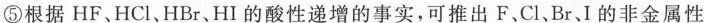
⑤根据HF、HCl、HBr、HI的酸性递增的事实，可推出F、Cl、Br、I的非金属性